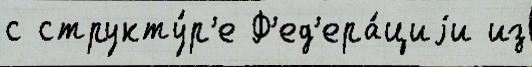
с структу́р'е Ф'ед'ера́циjи из